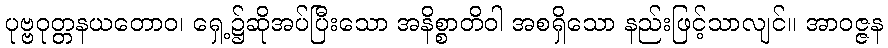
ပုဗ္ဗဝုတ္တနယတောဝ၊ ရှေ့၌ဆိုအပ်ပြီးသော အနိစ္စာတိဝါ အစရှိသော နည်းဖြင့်သာလျင်။ အာဝဇ္ဇန